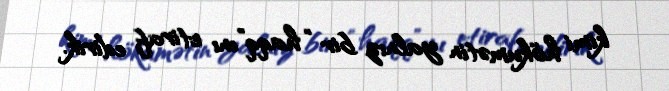
kimi hökumətin yalnız bir “haqq”ını etiraf edirik.